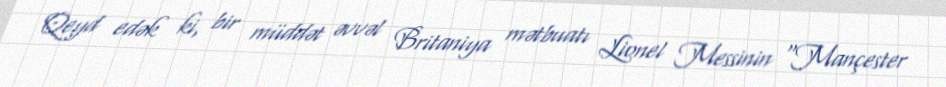
Qeyd edək ki, bir müddət əvvəl Britaniya mətbuatı Lionel Messinin "Mançester